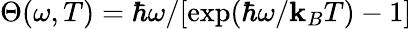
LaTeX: \Theta(\omega,T)=\hbar\omega/[\exp(\hbar\omega/\mathbf{k}_{B}T)-1]